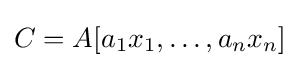
C=A[a_{1}x_{1},\dots ,a_{n}x_{n}]